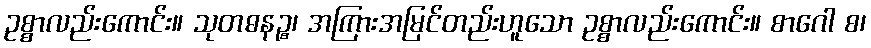
ဥစ္စာလည်းကောင်း။ သုတဓနဉ္စ၊ အကြားအမြင်တည်းဟူသော ဥစ္စာလည်းကောင်း။ စာဂေါ စ၊